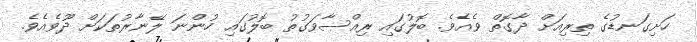
ހަށިގަނޑުގެ ތިރިއަށް ދާގޮތް ވެއެވެ. ބޮލުގައި ރިއްސާވަގުތު ބޮލުގައި ހުންނަ ލޭނާރުތަކަށް ދޫވެއެވެ.